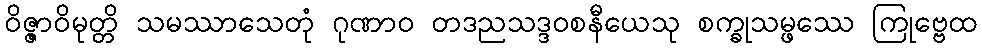
ဝိဇ္ဇာဝိမုတ္တိ သမဿာသေတုံ ဂုဏာဝ တဒညသဒ္ဒဝစနီယေသု စက္ခုသမ္ဖဿေ ကြုဗ္ဗေထ